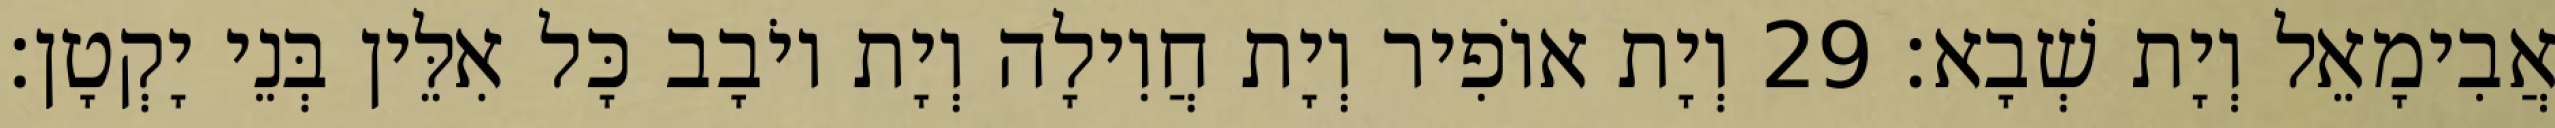
אֲבִימָאֵל וְיָת שְׁבָא׃ 29 וְיָת אוֹפִיר וְיָת חֲוִילָה וְיָת יוֹבָב כָּל אִלֵּין בְּנֵי יָקְטָן׃